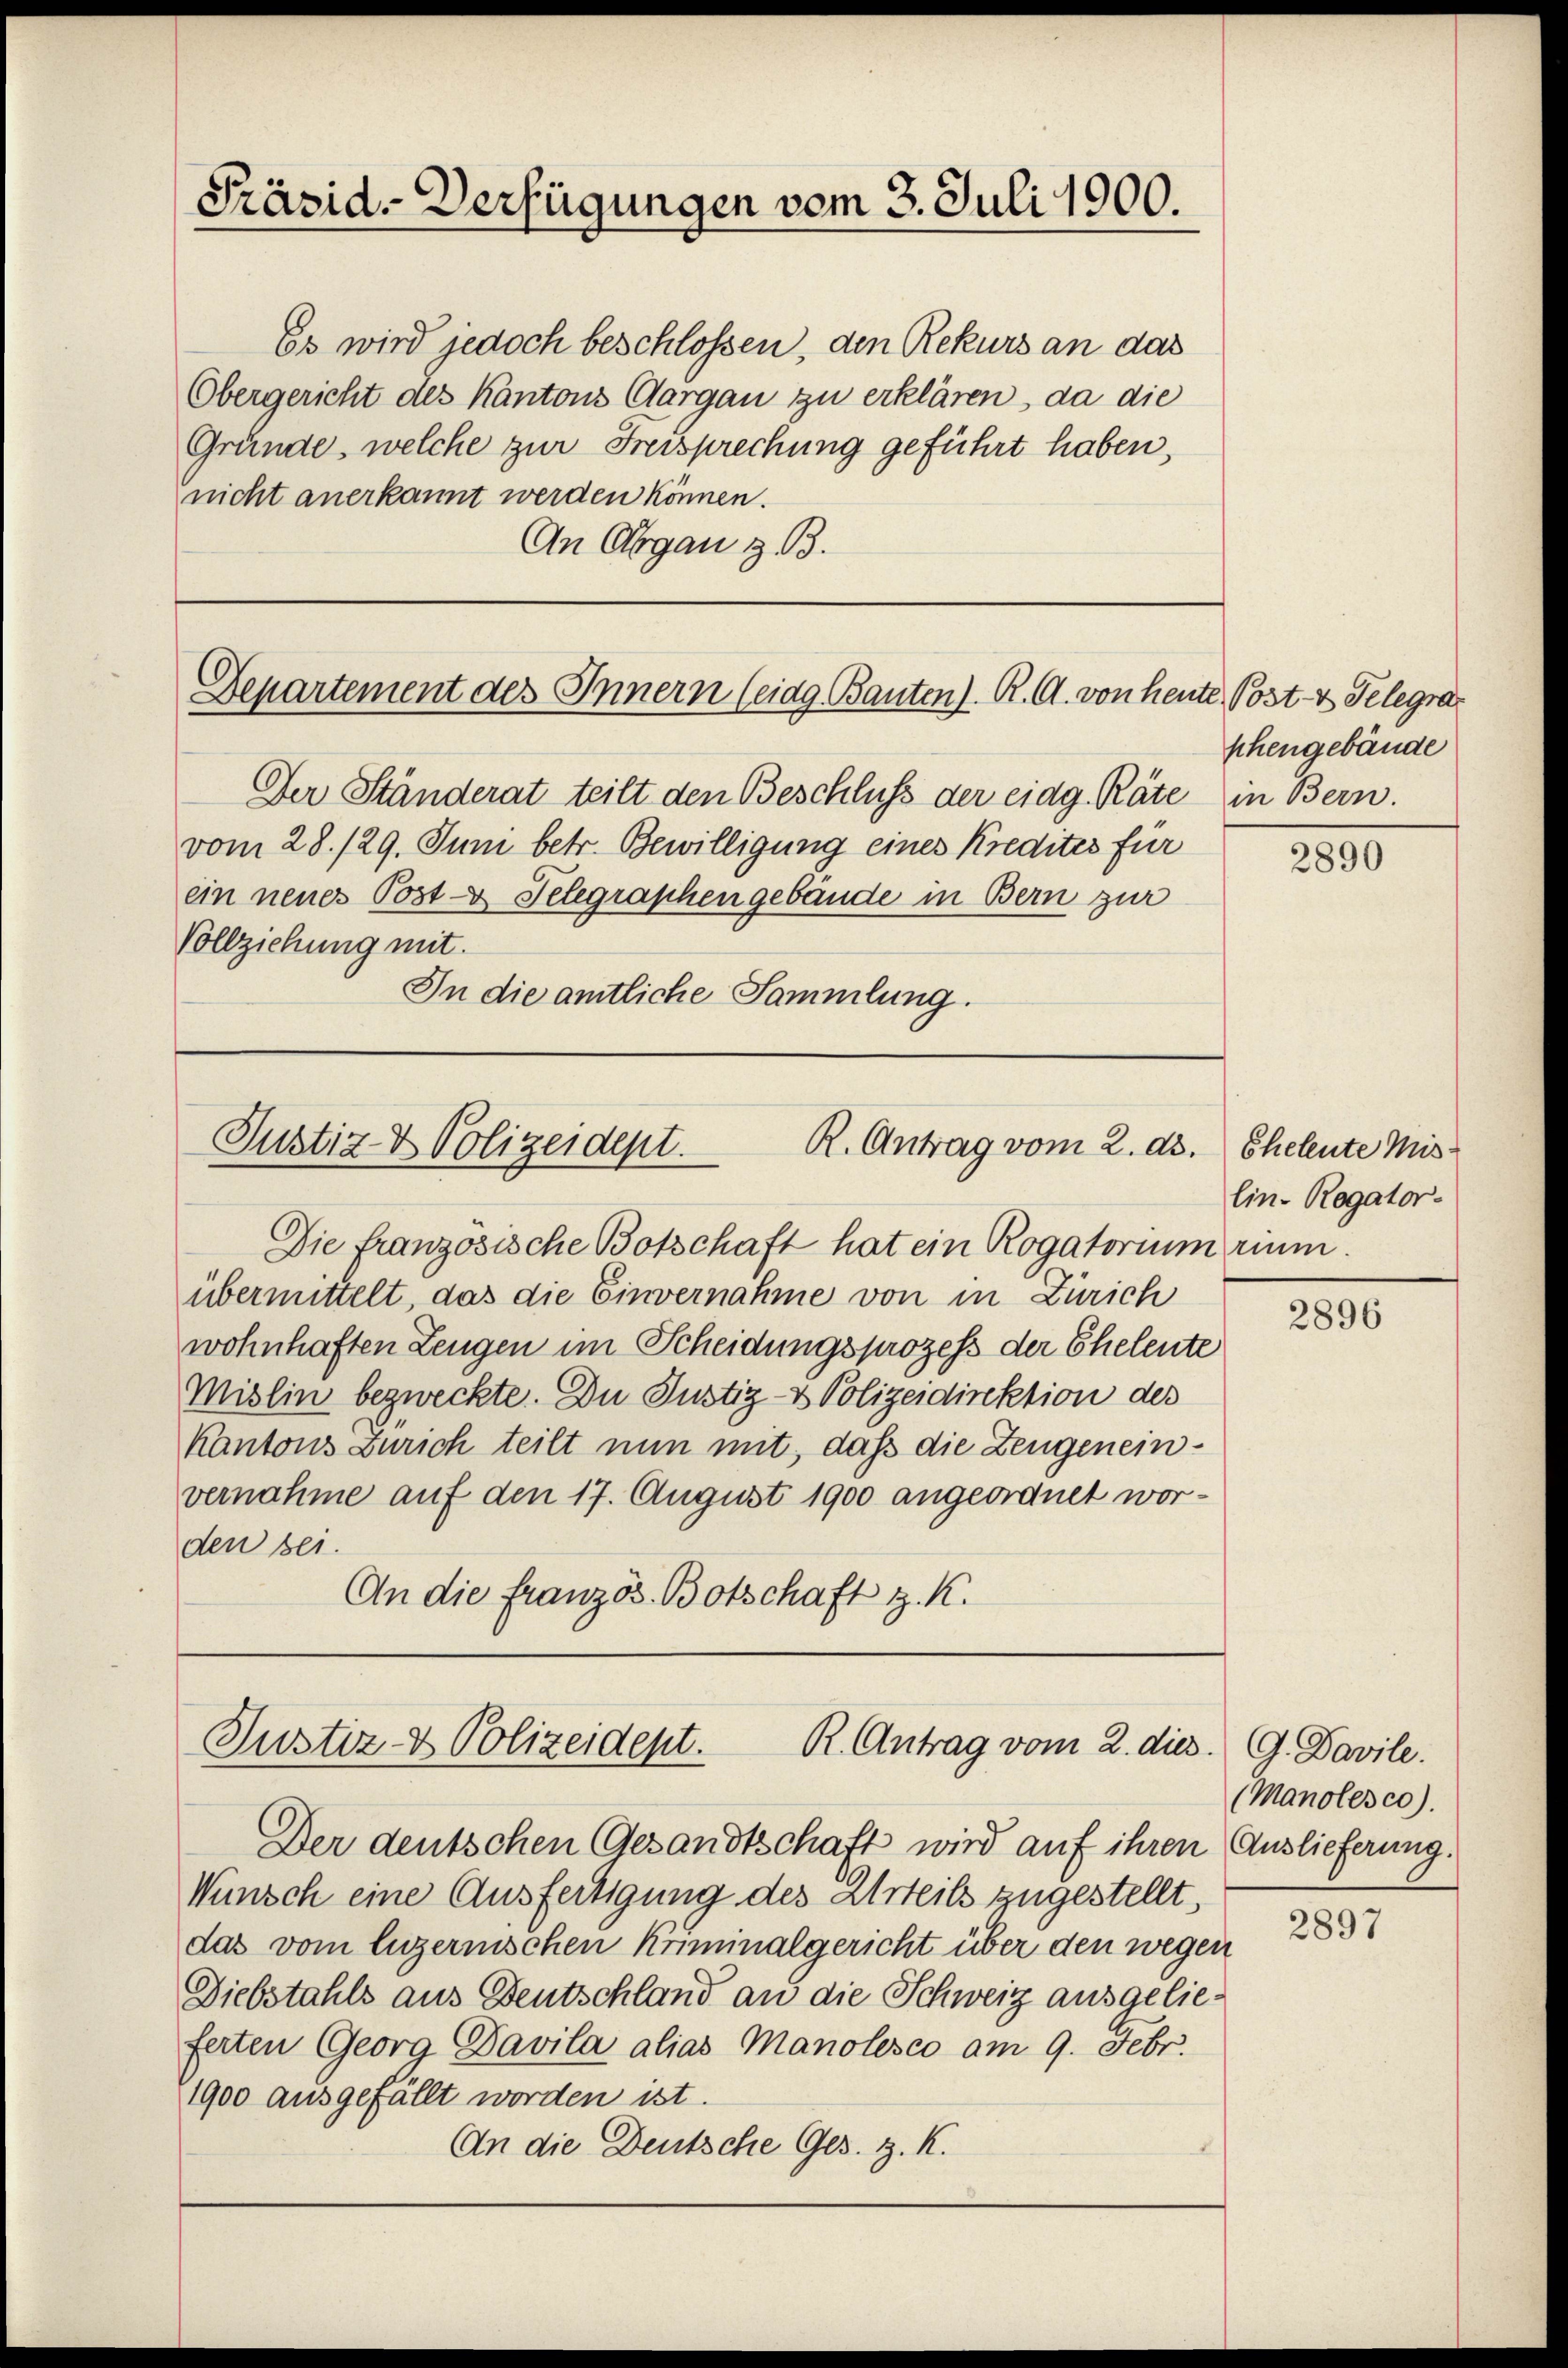
Präsid-Verfügungen vom 3. Juli 1900.

Es wird jedoch beschlossen, den Rekurs an das
Obergericht des Kantons Aargau zu erklären, da die
Gründe, welche zur Freisprechung geführt haben,
nicht anerkannt werden können.
An Argau z. B.

Departement des Innern (ciag Bauten). R. G. von heute Post- & Gelegra

Justiz- & Polizeidept.
R. Antrag vom 2. ds.
Die französische Botschaft hat ein Rogatorium rum.

übermittelt, das die Einvernahme von in Zürich
wohnhaften Zeugen im Scheidungsprozess der Eheleute
Mislin bezweckte. Du Justiz- & Polizeidirektion des
Kantons Zürich teilt nun mit, daß die Zeugeneinvernahme auf den 17. August 1900 angeordnet worden sei.
An die französ. Botschaft z. K.

Der Ständerat teilt den Beschluss der eidg. Räte in Bern.
vom 28./29. Juni betr. Bewilligung eines Kredites für
ein neues Post- & Telegraphen gebäude in Bern zur
Vollziehung mit.
In die amtliche Sammlung.

Justiz- & Polizeident.
R. Antrag vom 2. dies

phengebäude

Der deutschen Gesandtschaft wird auf ihren (Auslieferung.
Wunsch eine Ausfertigung des Urteils zugestellt,
das vom luzernischen Kriminalgericht über den wegen
Diebstahls aus Deutschland an die Schweiz ausgelieferten Georg Davila alias Manolesco am 9. Febr.
1900 ausgefällt worden ist.
An die Deutsche Ges. z. K.

2890

Eheleute Mislin- Rogator-

2896

G. Davile.
(Manolesco).

2897